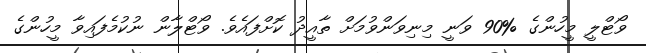
ވޯޓްލީ މީހުންގެ %90 ވަނީ މިނިވަންވުމަށް ތާއީދު ކޮށްފައެވެ. ވޯޓްލާން ނުކުމެފައިވާ މީހުންގެ